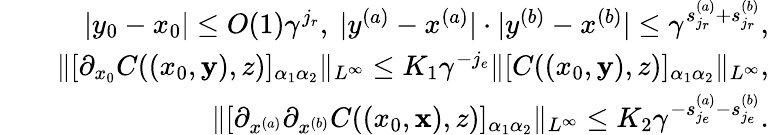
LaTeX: \begin{array}{rlr}&{}&{|y_{0}-x_{0}|\le O(1)\gamma^{j_{r}},\ |y^{(a)}-x^{(a)}|\cdot|y^{(b)}-x^{(b)}|\le\gamma^{s_{j_{r}}^{(a)}+s_{j_{r}}^{(b)}},}\\ &{}&{\Vert[\partial_{x_{0}}C((x_{0},{\mathbf y}),z)]_{\alpha_{1}\alpha_{2}}\Vert_{L^{\infty}}\le K_{1}\gamma^{-j_{e}}\Vert[C((x_{0},{\mathbf y}),z)]_{\alpha_{1}\alpha_{2}}\Vert_{L^{\infty}},}\\ &{}&{\ \Vert[\partial_{x^{(a)}}\partial_{{x}^{(b)}}C((x_{0},{\mathbf x}),z)]_{\alpha_{1}\alpha_{2}}\Vert_{L^{\infty}}\le K_{2}\gamma^{-s_{j_{e}}^{(a)}-s_{j_{e}}^{(b)}}.}\end{array}